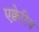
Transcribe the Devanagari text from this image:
एक्वेरिय